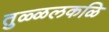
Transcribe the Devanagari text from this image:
तुळ्ळलकळि